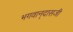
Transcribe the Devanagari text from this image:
भगवान्‌दासजी